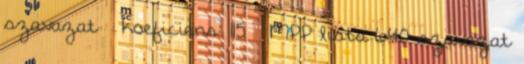
szavazat koeficiens: 115 – MPP lista 640 szavazat